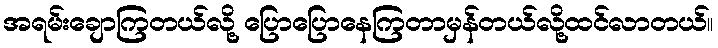
အရမ်းချောကြတယ်လို့ ပြောပြောနေကြတာမှန်တယ်လို့ထင်လာတယ်။